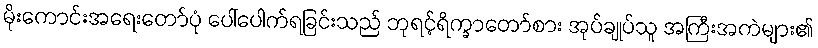
မိုးကောင်းအရေးတော်ပုံ ပေါ်ပေါက်ရခြင်းသည် ဘုရင့်ရိက္ခာတော်စား အုပ်ချုပ်သူ အကြီးအကဲများ၏